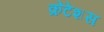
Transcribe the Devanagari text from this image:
क्रेटेशस